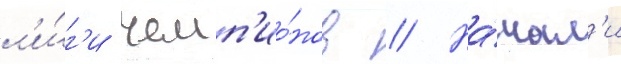
л'и́г'и чемп'ио́нов // На́чал'и